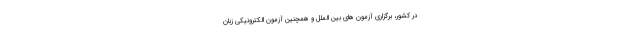
در کشور، برگزاری آزمون های بین الملل و همچنین آزمون الکترونیکی زبان